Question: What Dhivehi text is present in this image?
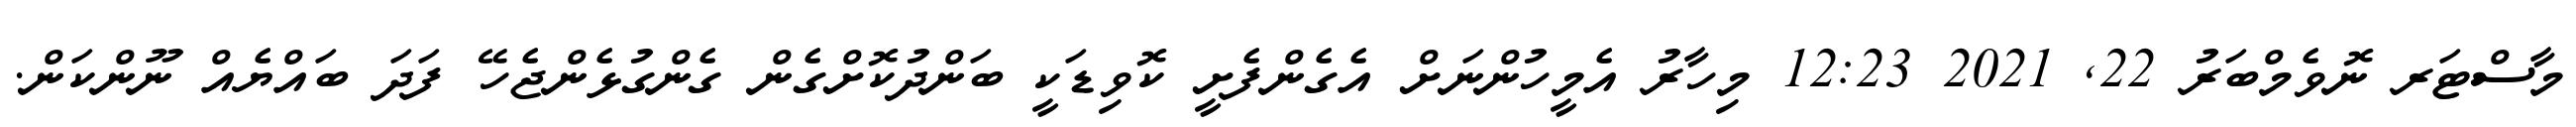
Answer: މާސްޓަރ ނޮވެމްބަރު 22, 2021 12:23 މިހާރު އެމީހުންނަށް އެގެންފެށީ ކޮވިޑަކީ ބަންދުކޮށްގެން ގެންގުޅެންޖެހޭ ފަދަ ބައްޔެއް ނޫންކަން.